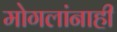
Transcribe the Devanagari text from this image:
मोगलांनाही